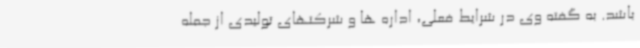
باشد. به گفته وی در شرایط فعلی، اداره ها و شرکتهای تولیدی از جمله